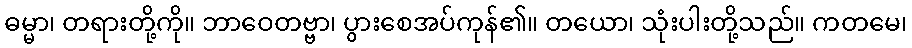
ဓမ္မာ၊ တရားတို့ကို။ ဘာဝေတဗ္ဗာ၊ ပွားစေအပ်ကုန်၏။ တယော၊ သုံးပါးတို့သည်။ ကတမေ၊